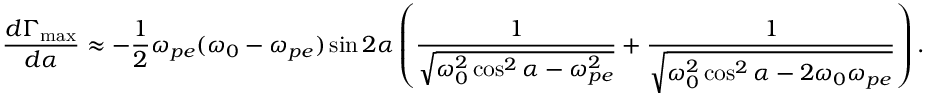
\frac { d \Gamma _ { \mathrm { m a x } } } { d \alpha } \approx - \frac { 1 } { 2 } \omega _ { p e } ( \omega _ { 0 } - \omega _ { p e } ) \sin 2 \alpha \left( \frac { 1 } { \sqrt { \omega _ { 0 } ^ { 2 } \cos ^ { 2 } \alpha - \omega _ { p e } ^ { 2 } } } + \frac { 1 } { \sqrt { \omega _ { 0 } ^ { 2 } \cos ^ { 2 } \alpha - 2 \omega _ { 0 } \omega _ { p e } } } \right) .